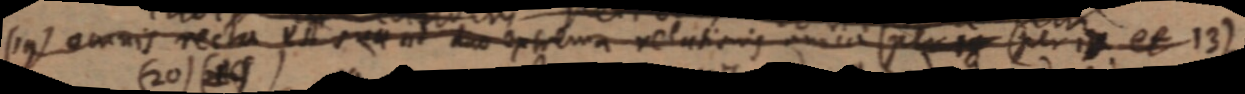
(19) omnis recta est sua est duo extrema relationis unica (per _ (per i _ et 13)